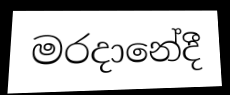
මරදානේදී